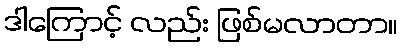
ဒါကြောင့် လည်း ဖြစ်မလာတာ။